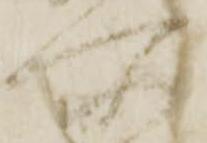
所